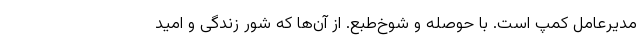
مدیرعامل کمپ است. با حوصله و شوخ‌طبع. از آن‌ها که شور زندگی و امید